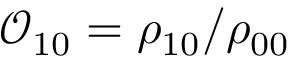
\mathcal { O } _ { 1 0 } = \rho _ { 1 0 } / \rho _ { 0 0 }